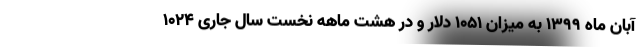
آبان ماه ۱۳۹۹ به میزان ۱۰۵۱ دلار و در هشت ماهه نخست سال جاری ۱۰۲۴